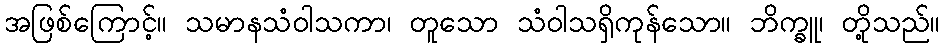
အဖြစ်ကြောင့်။ သမာနသံဝါသကာ၊ တူသော သံဝါသရှိကုန်သော။ ဘိက္ခူ၊ တို့သည်။